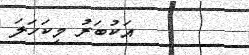
އަކުބަރު މިކަހަލަ